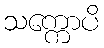
သက္ကောပိ